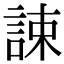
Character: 誎